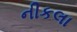
નીકલા